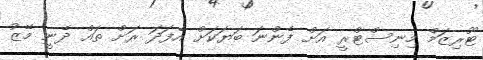
ޓޫރިޒަމް މިނިސްޓްރީ އަށް ފެންނަ ބަޔަކަށް އެފަދަ ރަށް ތައް ދެނީ މޭޒު